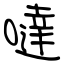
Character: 噠